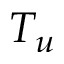
T _ { u }